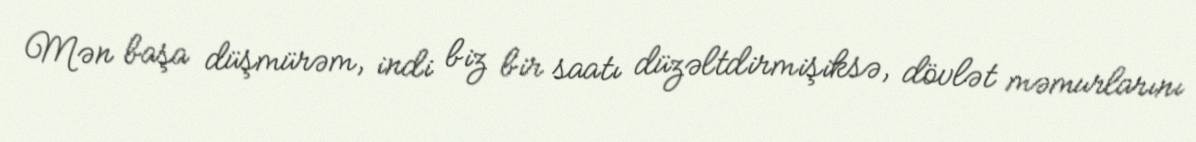
Mən başa düşmürəm, indi biz bir saatı düzəltdirmişiksə, dövlət məmurlarını